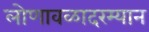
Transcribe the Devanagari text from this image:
लोणावळादरम्यान